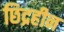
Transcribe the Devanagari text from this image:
छिद्रहीन